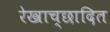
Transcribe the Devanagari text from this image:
रेखाच्छादित